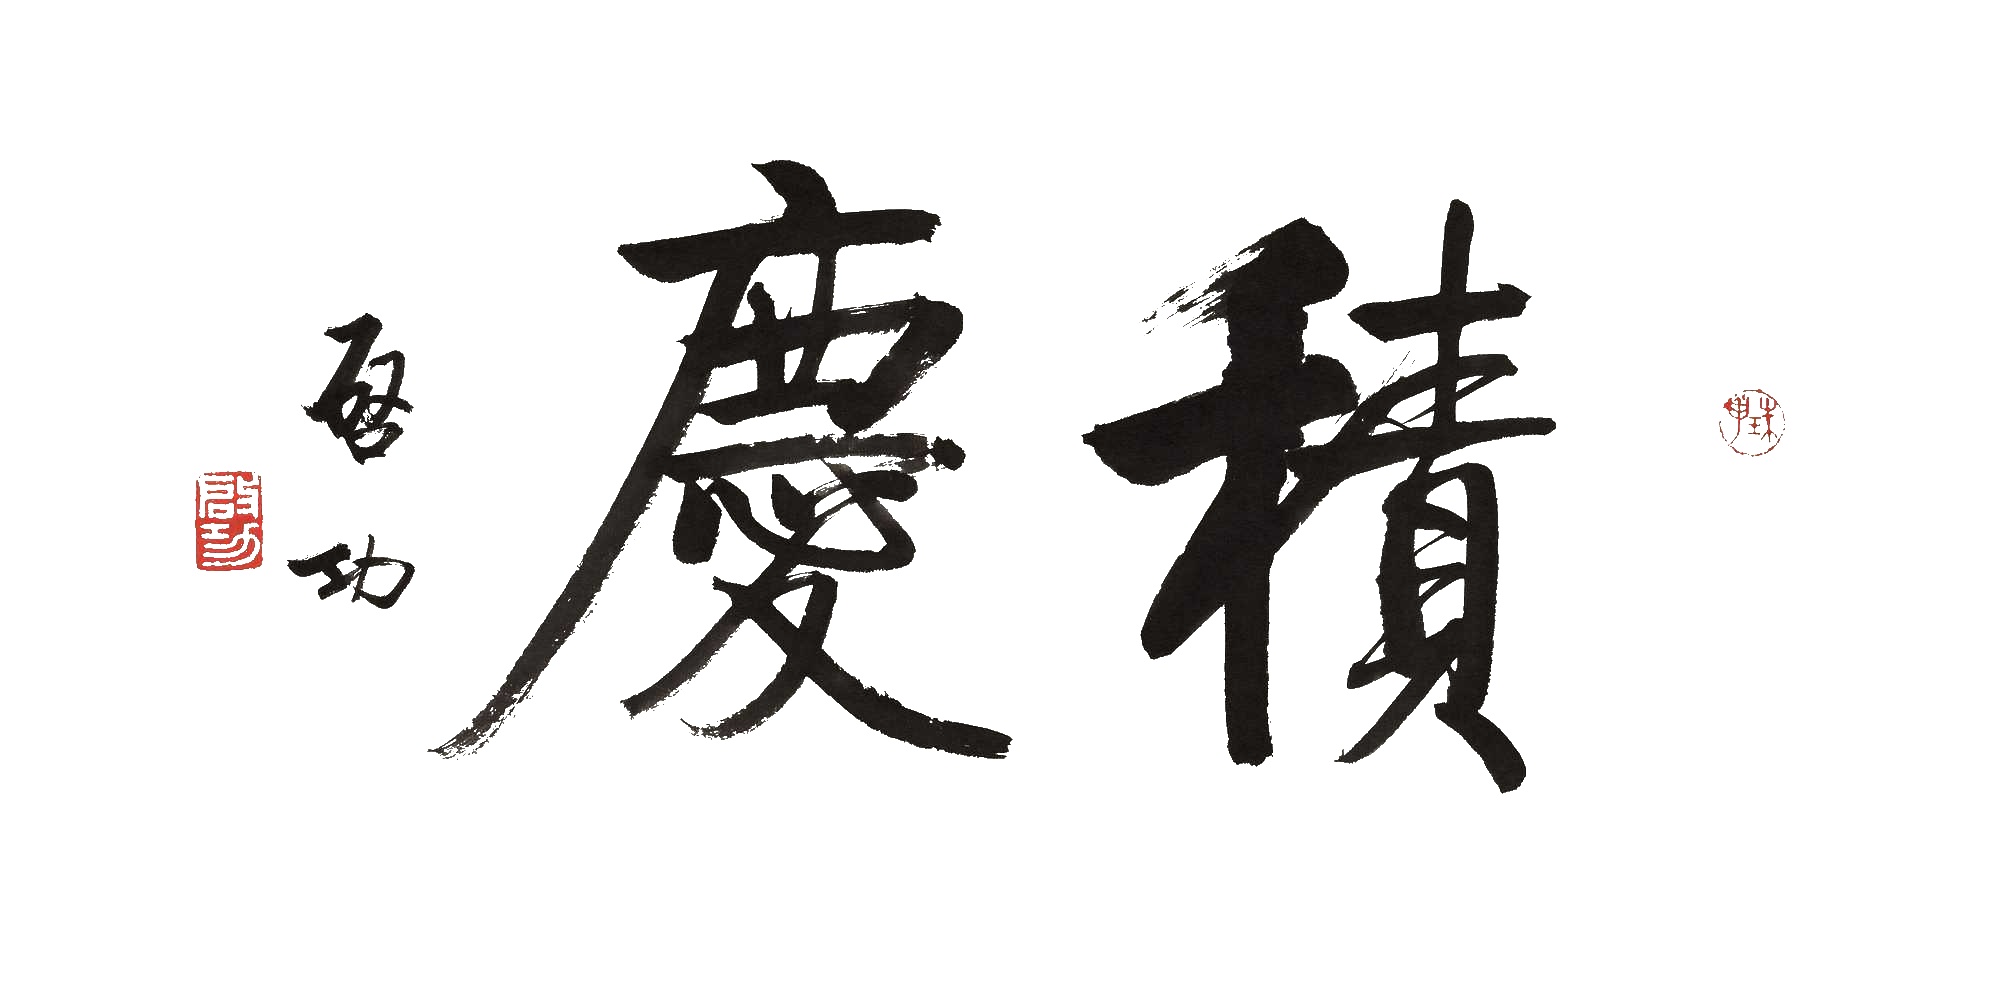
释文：积庆启功。